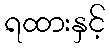
ရထားနှင့်